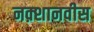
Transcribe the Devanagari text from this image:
नक़्शानवीस